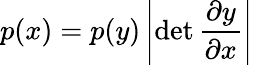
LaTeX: p(x)=p(y)\left|{\operatorname*{det}\frac{\partial y}{\partial x}}\right|